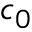
c _ { 0 }